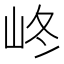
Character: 峂